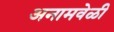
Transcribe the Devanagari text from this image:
अनामवेळी